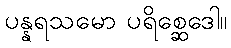
ပန္နရသမော ပရိစ္ဆေဒေါ။